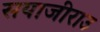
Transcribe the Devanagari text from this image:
सयाजीराउ